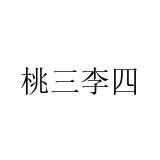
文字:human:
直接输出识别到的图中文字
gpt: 桃三李四